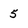
Character: 5